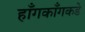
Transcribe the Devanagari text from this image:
हाँगकाँगकडे